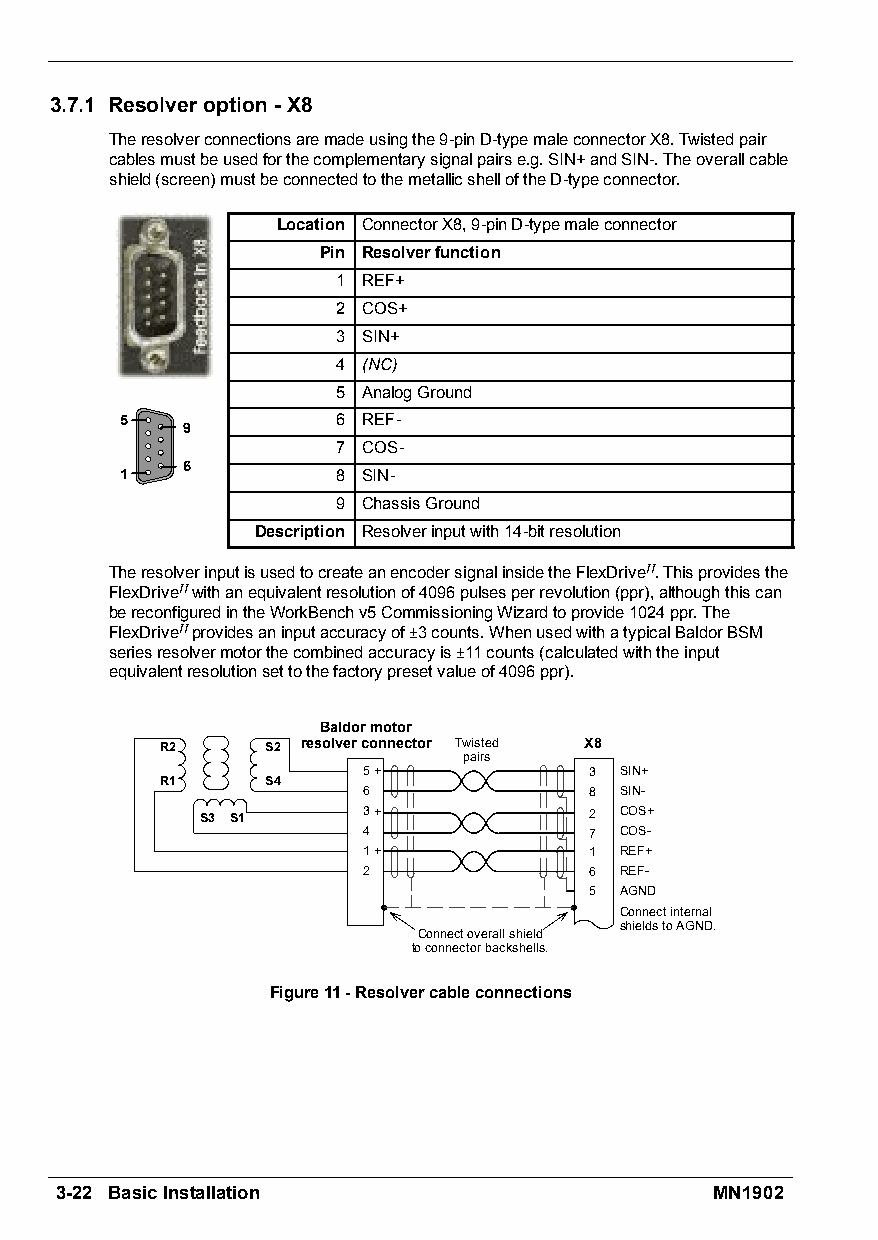
3.7.1 Resolveroption-X8
 Theresolverconnectionsaremadeusingthe9-pinD-typemaleconnectorX8.Twistedpair
 cablesmustbeusedforthecomplementarysignalpairse.g.SIN+andSIN-.Theoverallcable
 shield(screen)mustbeconnectedtothemetallicshelloftheD-typeconnector.
 Location ConnectorX8,9-pinD-typemaleconnector
 Pin Resolverfunction
 1 REF+
 2 COS+
 3 SIN+
 4 (NC)
 5 AnalogGround
 5             6 REF-
 9
 7 COS-
 6
 1             8 SIN-
 9 ChassisGround
 Description Resolverinputwith14-bitresolution
 TheresolverinputisusedtocreateanencodersignalinsidetheFlexDriveII.Thisprovidesthe
 FlexDriveIIwithanequivalentresolutionof4096pulsesperrevolution(ppr),althoughthiscan
 bereconfiguredintheWorkBenchv5CommissioningWizardtoprovide1024ppr.The
 FlexDriveIIprovidesaninputaccuracyof–3counts.WhenusedwithatypicalBaldorBSM
 seriesresolvermotorthecombinedaccuracyis–11counts(calculatedwiththeinput
 equivalentresolutionsettothefactorypresetvalueof4096ppr).
 Baldormotor
 R2     S2 resolverconnector Twisted X8
 pairs
 5+             3 SIN+
 R1     S4
 6              8 SIN-
 S3 S1      3+             2 COS+
 4              7 COS-
 1+             1 REF+
 2              6 REF-
 5 AGND
 Connectinternal
 shieldstoAGND.
 Connectoverallshield
 toconnectorbackshells.
 Figure11-Resolvercableconnections
 3-22 BasicInstallation                     MN1902